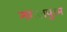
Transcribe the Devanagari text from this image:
नगलपुरम